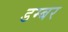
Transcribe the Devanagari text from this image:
डम्‍बर